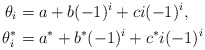
\begin{align*}\theta_i & = a + b(-1)^i + c{i}(-1)^i, \\\theta^*_i & = a^* + b^*(-1)^i + c^*{i}(-1)^i \end{align*}